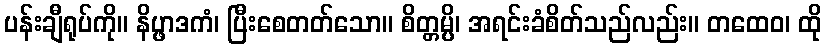
ပန်းချီရုပ်ကို။ နိပ္ဖာဒကံ၊ ပြီးစေတတ်သော။ စိတ္တမ္ပိ၊ အရင်းခံစိတ်သည်လည်း။ တထေဝ၊ ထို